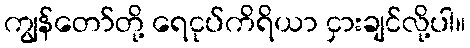
ကျွန်တော်တို့ ရေငုပ်ကိရိယာ ငှားချင်လို့ပါ။